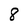
Character: 8